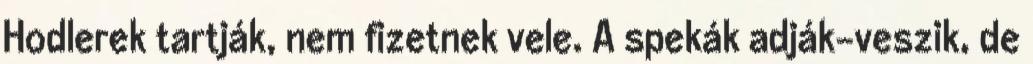
Hodlerek tartják, nem fizetnek vele. A spekák adják-veszik, de